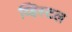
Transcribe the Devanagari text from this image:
व्हिस्टल